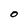
Character: O